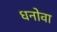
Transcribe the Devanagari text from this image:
धनोवा